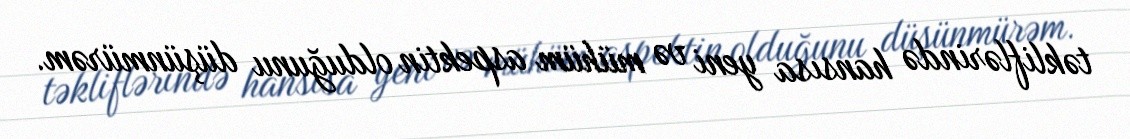
təkliflərində hansısa yeni və mühüm aspektin olduğunu düşünmürəm.